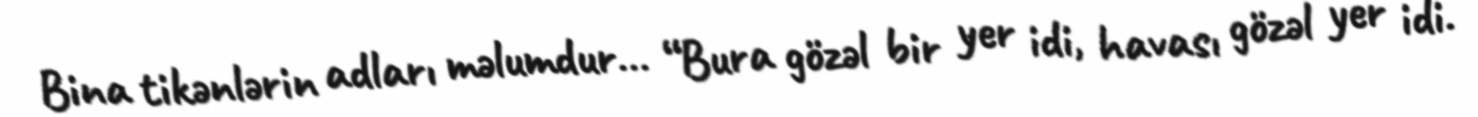
Bina tikənlərin adları məlumdur… “Bura gözəl bir yer idi, havası gözəl yer idi.